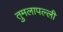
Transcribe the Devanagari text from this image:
तुमलापल्ली